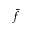
\bar { f }